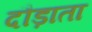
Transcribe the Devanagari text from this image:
दौड़ाता